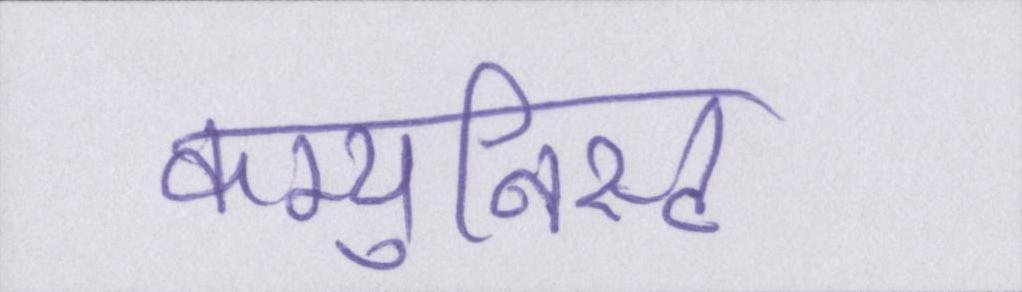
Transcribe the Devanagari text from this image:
कम्युनिस्ट